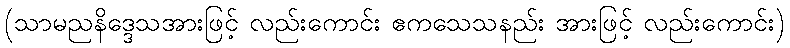
(သာမညနိဒ္ဒေသအားဖြင့် လည်းကောင်း ဧကသေသနည်း အားဖြင့် လည်းကောင်း)